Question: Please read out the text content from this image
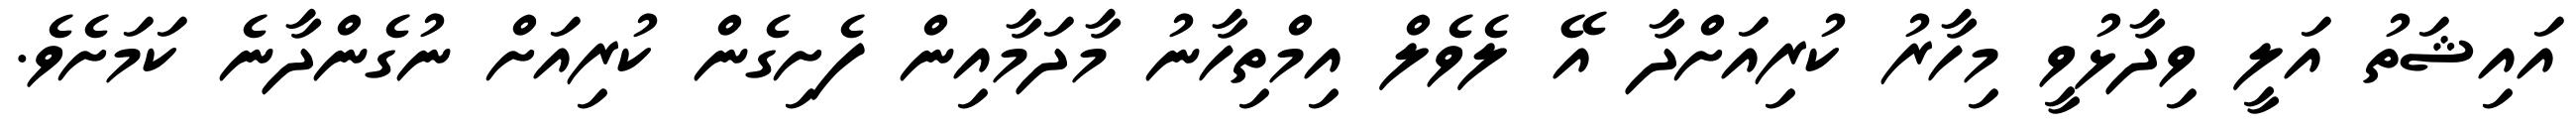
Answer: އައިޝަތު އަލީ ވިދާޅުވީ މިހާރު ކުރިއަށްދާ އޭ ލެވެލް އިމްތިހާނު މާދަމާއިން ފެށިގެން ކުރިއަށް ނުގެންދާނެ ކަމަށެވެ.